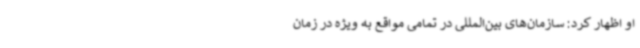
او اظهار کرد: سازمان‌های بین‌المللی در تمامی مواقع به ویژه در زمان